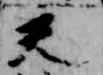
天